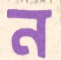
ন